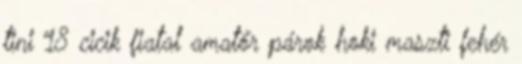
tini 18 cicik fiatal amatőr párok hoki maszti fehér